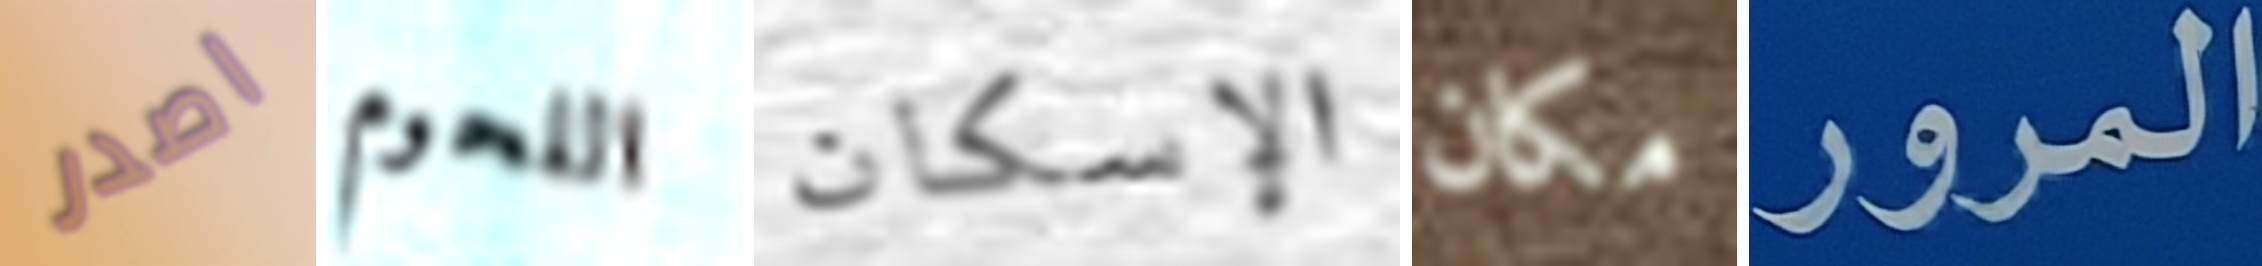
اصدر اللحوم الإسكان مكان المرور